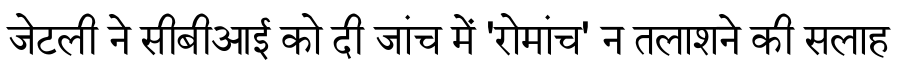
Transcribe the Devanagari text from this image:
जेटली ने सीबीआई को दी जांच में 'रोमांच' न तलाशने की सलाह